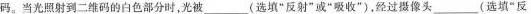
码。当光照射到二维码的白色部分时，光被_____(选填”反射”或”吸收”)，经过摄像头_____(选填”反